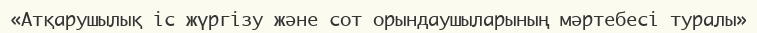
«Атқарушылық iс жүргiзу және сот орындаушыларының мәртебесi туралы»